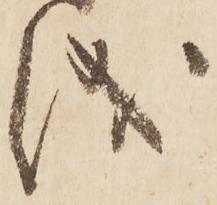
儀